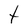
Character: t